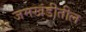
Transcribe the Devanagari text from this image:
जमखंडीतील